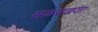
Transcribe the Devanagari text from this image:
सळसळता